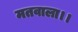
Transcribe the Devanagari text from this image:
मतवाला।।